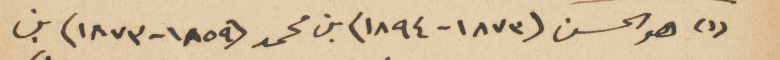
(١)	 هو الحسن (١٨٧٣-١٨٩٤) بن محمد (١٨٥٩-١٨٧٣) بن